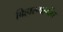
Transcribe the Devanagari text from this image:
बिहारमार्गेच